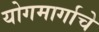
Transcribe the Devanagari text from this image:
योगमार्गाचे